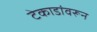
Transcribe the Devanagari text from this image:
टेकाडांवरून